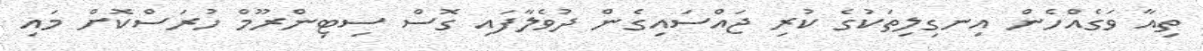
ތިއާ ވަގެއްހެން އިނގިލިތަކުގެ ކުރި ޖައްސައިގެން ދުވެލާފައި ގޮސް ސިޓިންރޫމް ހުރަސްކޮށް މައި